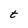
Character: t